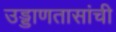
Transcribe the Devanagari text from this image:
उड्डाणतासांची